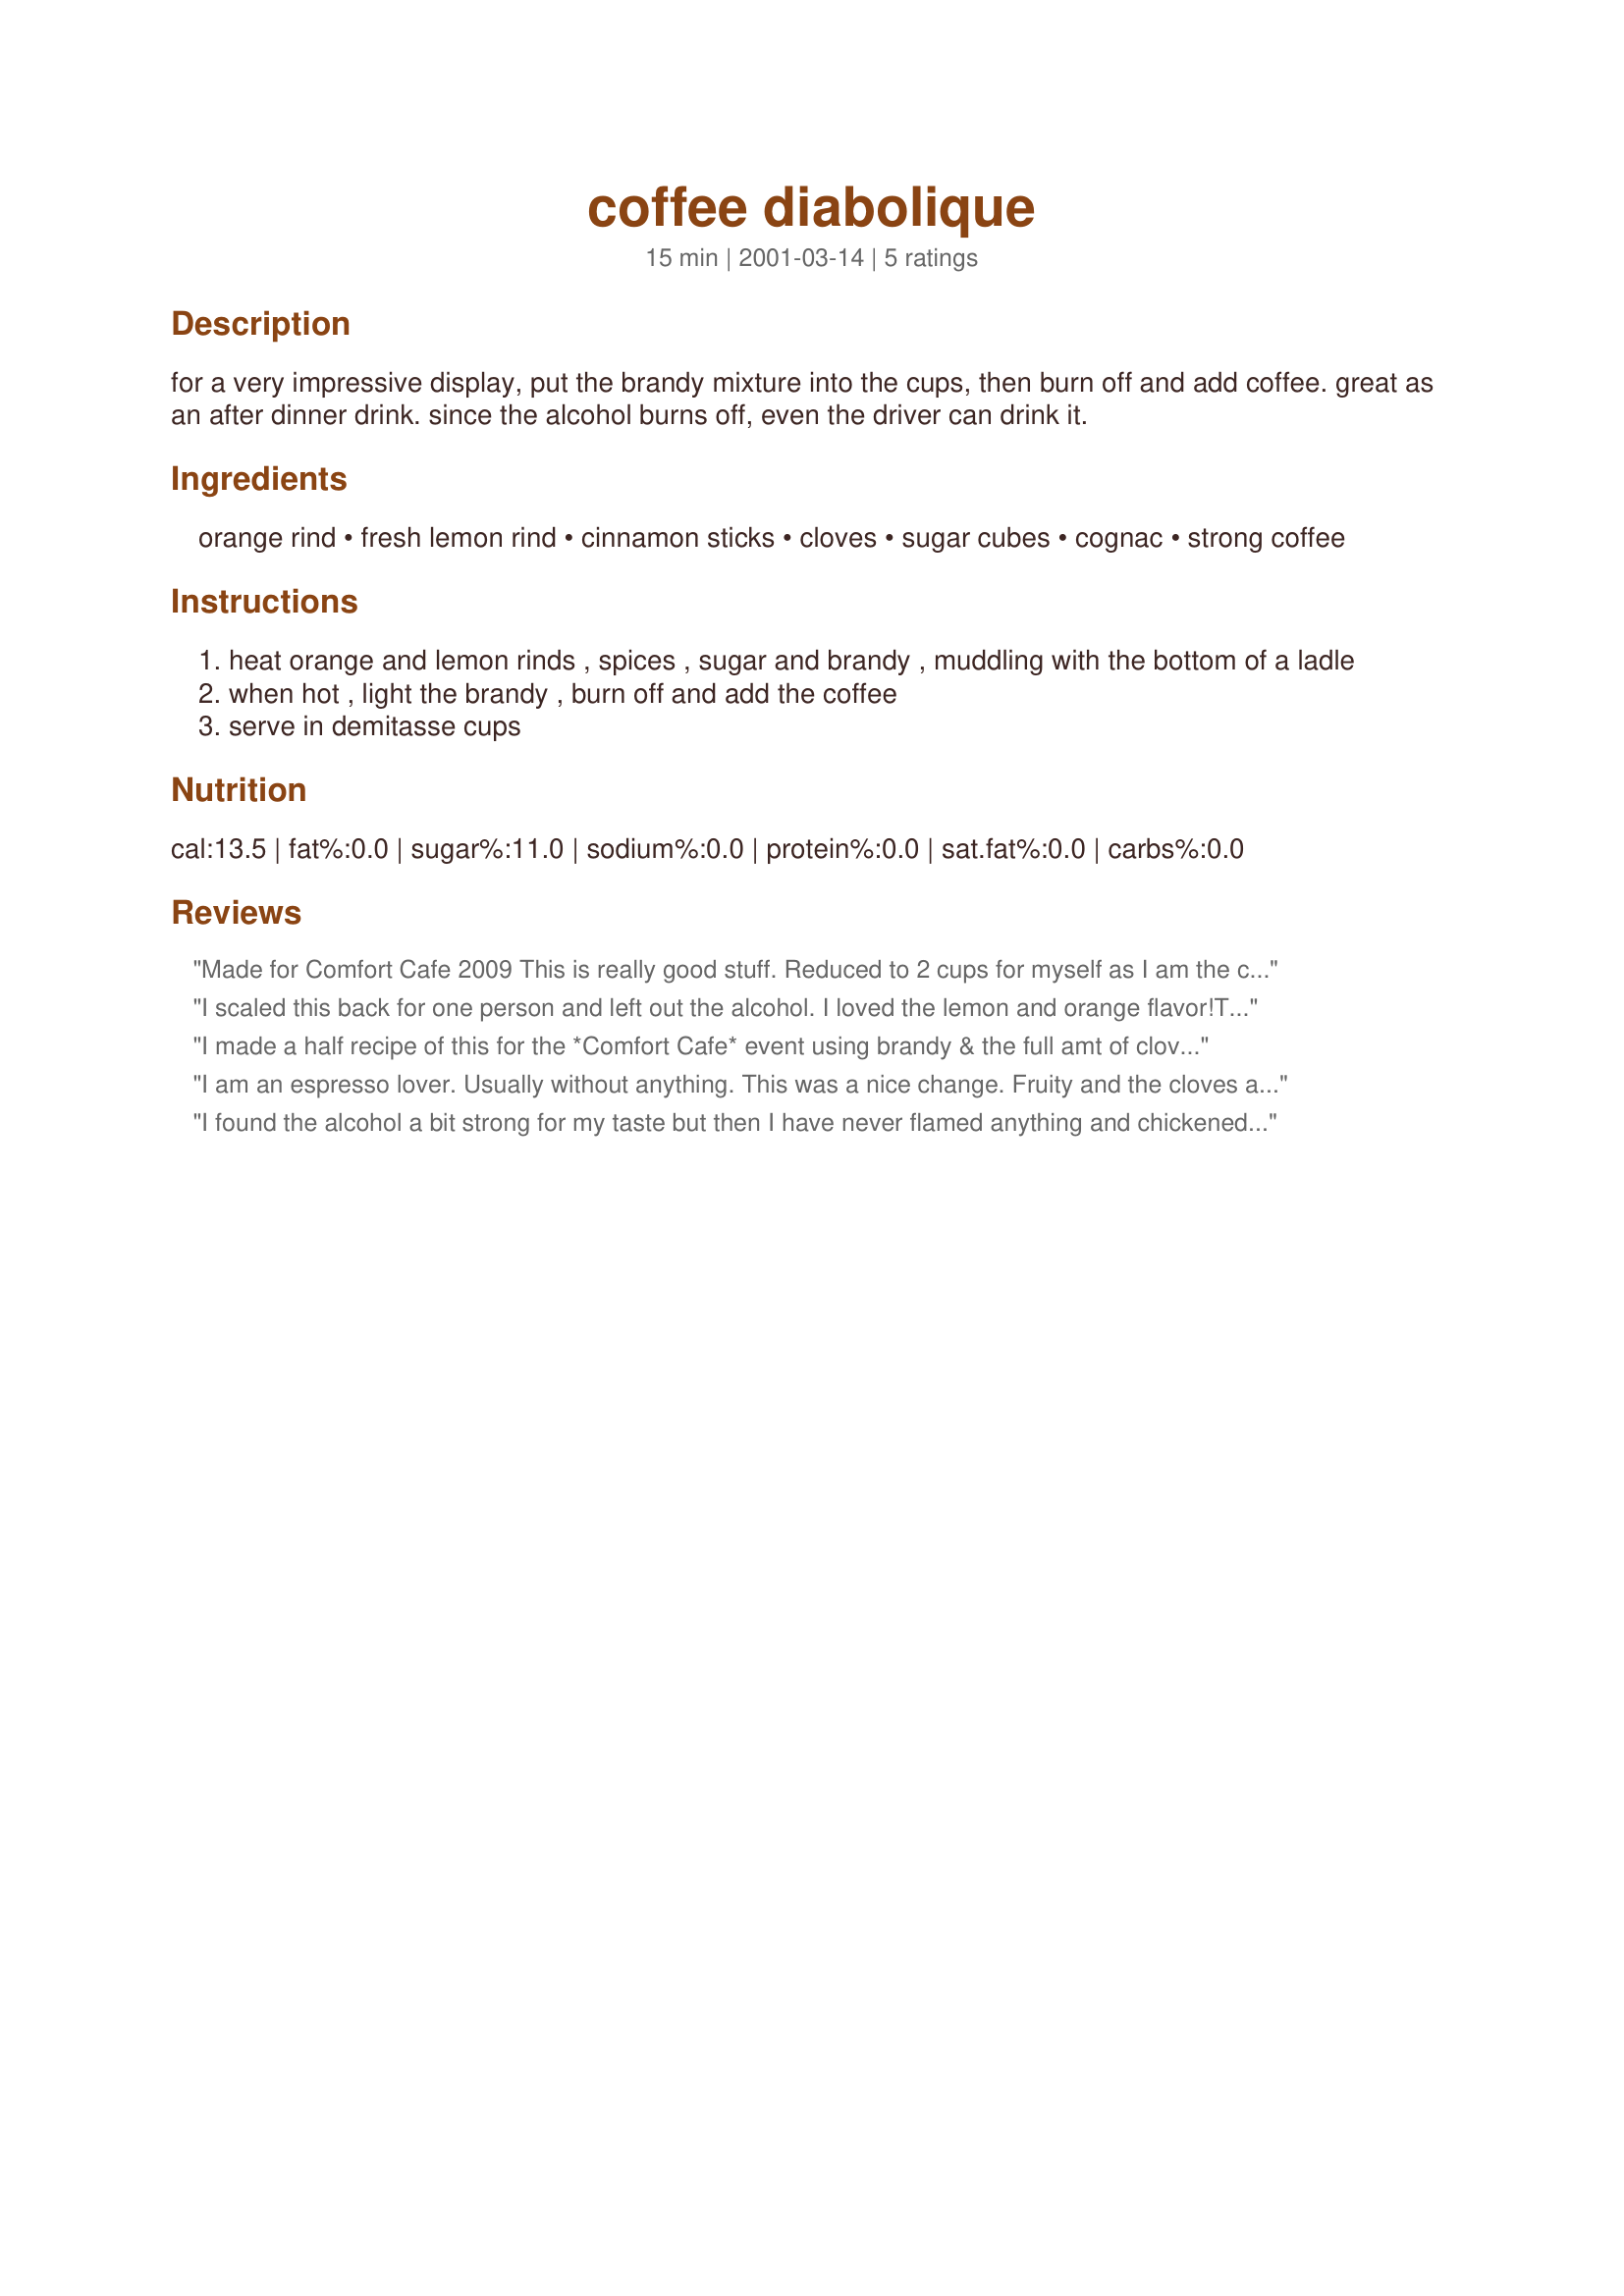
coffee diabolique
Preparation time: 15 minutes

for a very impressive display, put the brandy mixture into the cups, then burn off and add coffee. great as an after dinner drink. since the alcohol burns off, even the driver can drink it.

Ingredients:
orange rind, fresh lemon rind, cinnamon sticks, cloves, sugar cubes, cognac, strong coffee

Steps:
heat orange and lemon rinds , spices , sugar and brandy , muddling with the bottom of a ladle
when hot , light the brandy , burn off and add the coffee
serve in demitasse cups

Reviews:
Made for Comfort Cafe 2009
This is really good stuff. Reduced to 2 cups for myself as I am the coffee drinker in the house. I did not have whole cloves but added in ground. I also left out the brandy as I made this for a morning drink. WIll have to serve this for company and add the brandy in next time. Thank you.
I scaled this back for one person and left out the alcohol. I loved the lemon and orange flavor!Thanks! Made for the Comfort Cafe.
I made a half recipe of this for the *Comfort Cafe* event using brandy & the full amt of cloves as I favor them. As written, it was a bit strong for me ~ but I admit to being a bit of an *alcohol wimp* , so I mellowed it as a pers pref w/a generous amt of the spray variety whipped cream stirred in & liked it a lot. Thx for sharing this recipe w/us.
I am an espresso lover. Usually without anything. This was a nice change. Fruity and the cloves after taste was nice. I used Grand Marnier for the cognac. Made 1/2 the amount. Made for Comfort cafe http://www.recipezaar.com/bb/viewtopic.zsp?t=288536&postdays=0&postorder=asc&start=915
Thanks.
I found the alcohol a bit strong for my taste but then I have never flamed anything and chickened out at the last minute so the alchol didin't burn off LOL

Love the rind and spice flavourings.
Made for Comfort cafe Recipe of the day
